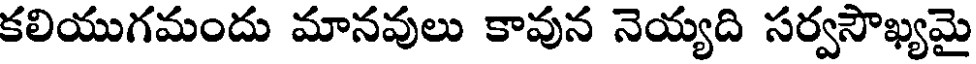
కలియుగమందు మానవులు కావున నెయ్యది సర్వసౌఖ్యమై